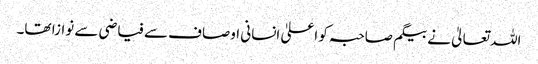
اللہ تعالیٰ نے بیگم صاحبہ کو اعلیٰ انسانی اوصاف سے فیاضی سے نوازا تھا۔